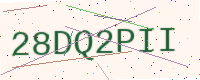
Text: 28DQ2PII